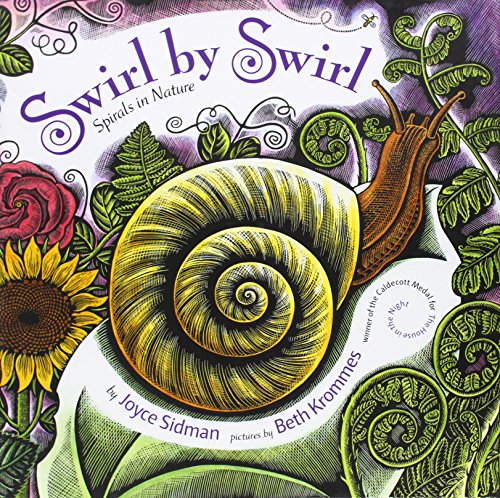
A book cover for Swirl by Swirl: Spirals in Nature; Joyce Sidman; Children's Books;